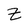
Character: z